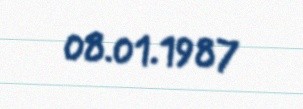
08.01.1987